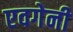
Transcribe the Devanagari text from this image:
एवगेनी